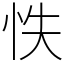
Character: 怢